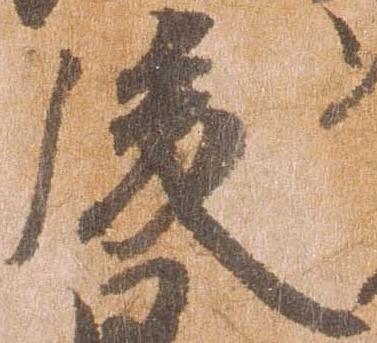
後